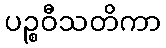
ပဉ္စဝီသတိကာ